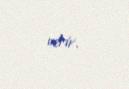
verir.